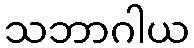
သဘာဂါယ